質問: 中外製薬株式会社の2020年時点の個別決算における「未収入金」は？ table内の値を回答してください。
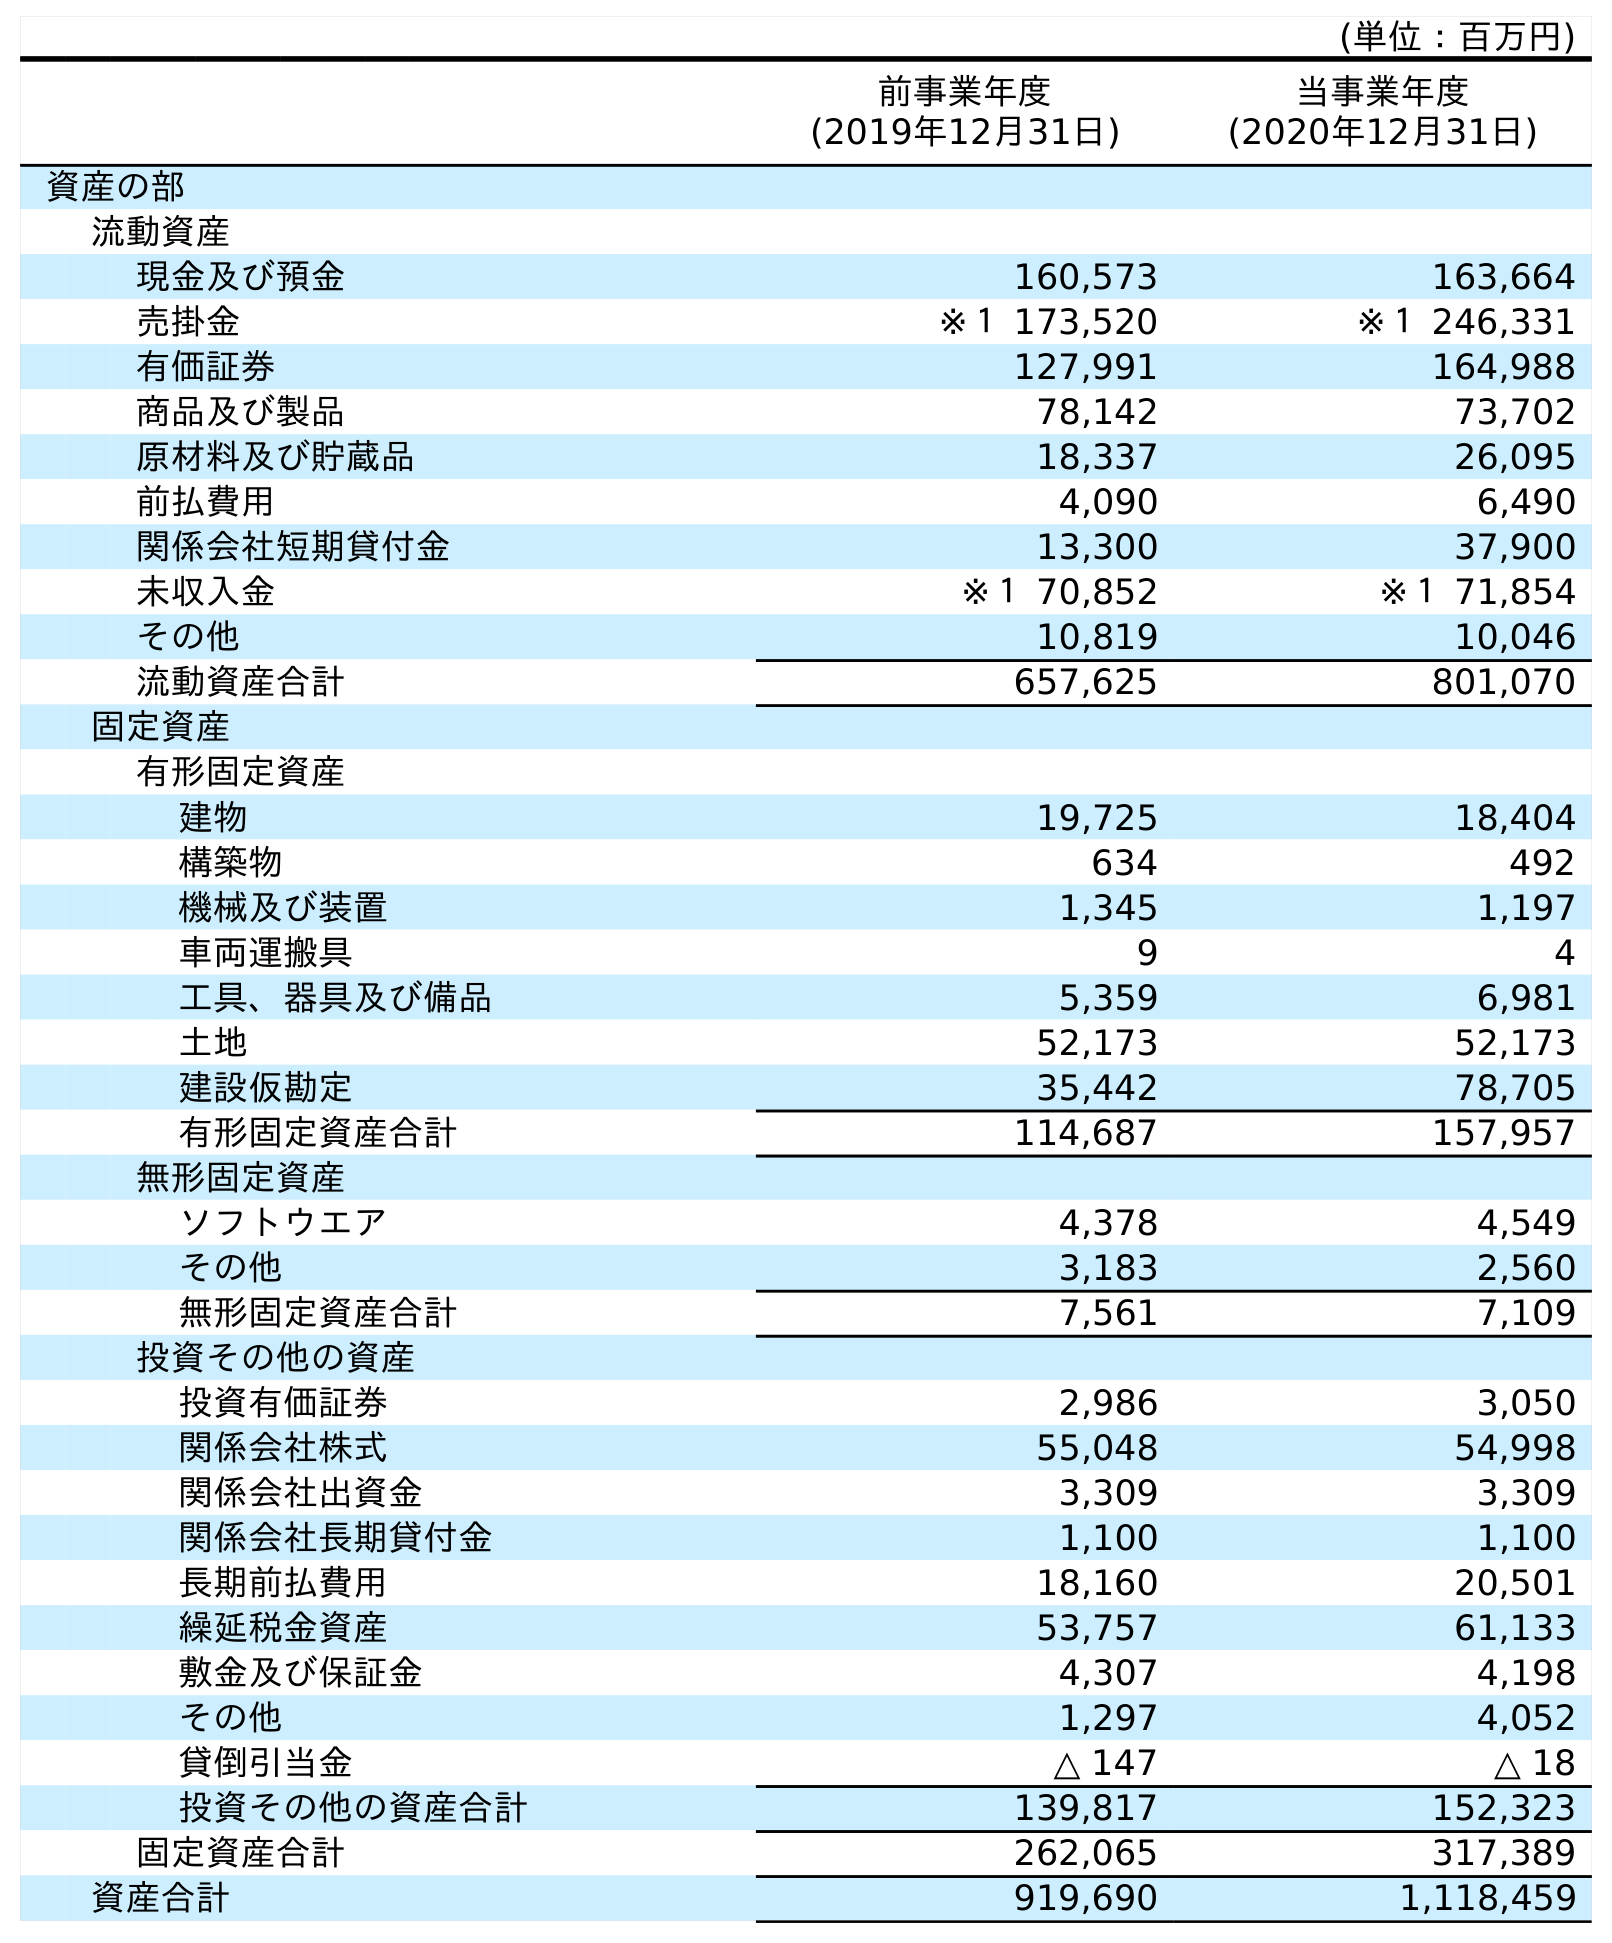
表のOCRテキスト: (単位：百万円) 前事業年度 (2019年12月31日) 当事業年度 (2020年12月31日) 資産の部 流動資産 現金及び預金 160,573 163,664 売掛金 ※１ 173,520 ※１ 246,331 有価証券 127,991 164,988 商品及び製品 78,142 73,702 原材料及び貯蔵品 18,337 26,095 前払費用 4,090 6,490 関係会社短期貸付金 13,300 37,900 未収入金 ※１ 70,852 ※１ 71,854 その他 10,819 10,046 流動資産合計 657,625 801,070 固定資産 有形固定資産 建物 19,725 18,404 構築物 634 492 機械及び装置 1,345 1,197 車両運搬具 9 4 工具、器具及び備品 5,359 6,981 土地 52,173 52,173 建設仮勘定 35,442 78,705 有形固定資産合計 114,687 157,957 無形固定資産 ソフトウエア 4,378 4,549 その他 3,183 2,560 無形固定資産合計 7,561 7,109 投資その他の資産 投資有価証券 2,986 3,050 関係会社株式 55,048 54,998 関係会社出資金 3,309 3,309 関係会社長期貸付金 1,100 1,100 長期前払費用 18,160 20,501 繰延税金資産 53,757 61,133 敷金及び保証金 4,307 4,198 その他 1,297 4,052 貸倒引当金 △ 147 △ 18 投資その他の資産合計 139,817 152,323 固定資産合計 262,065 317,389 資産合計 919,690 1,118,459
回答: ※１71,854